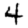
Digit: 4